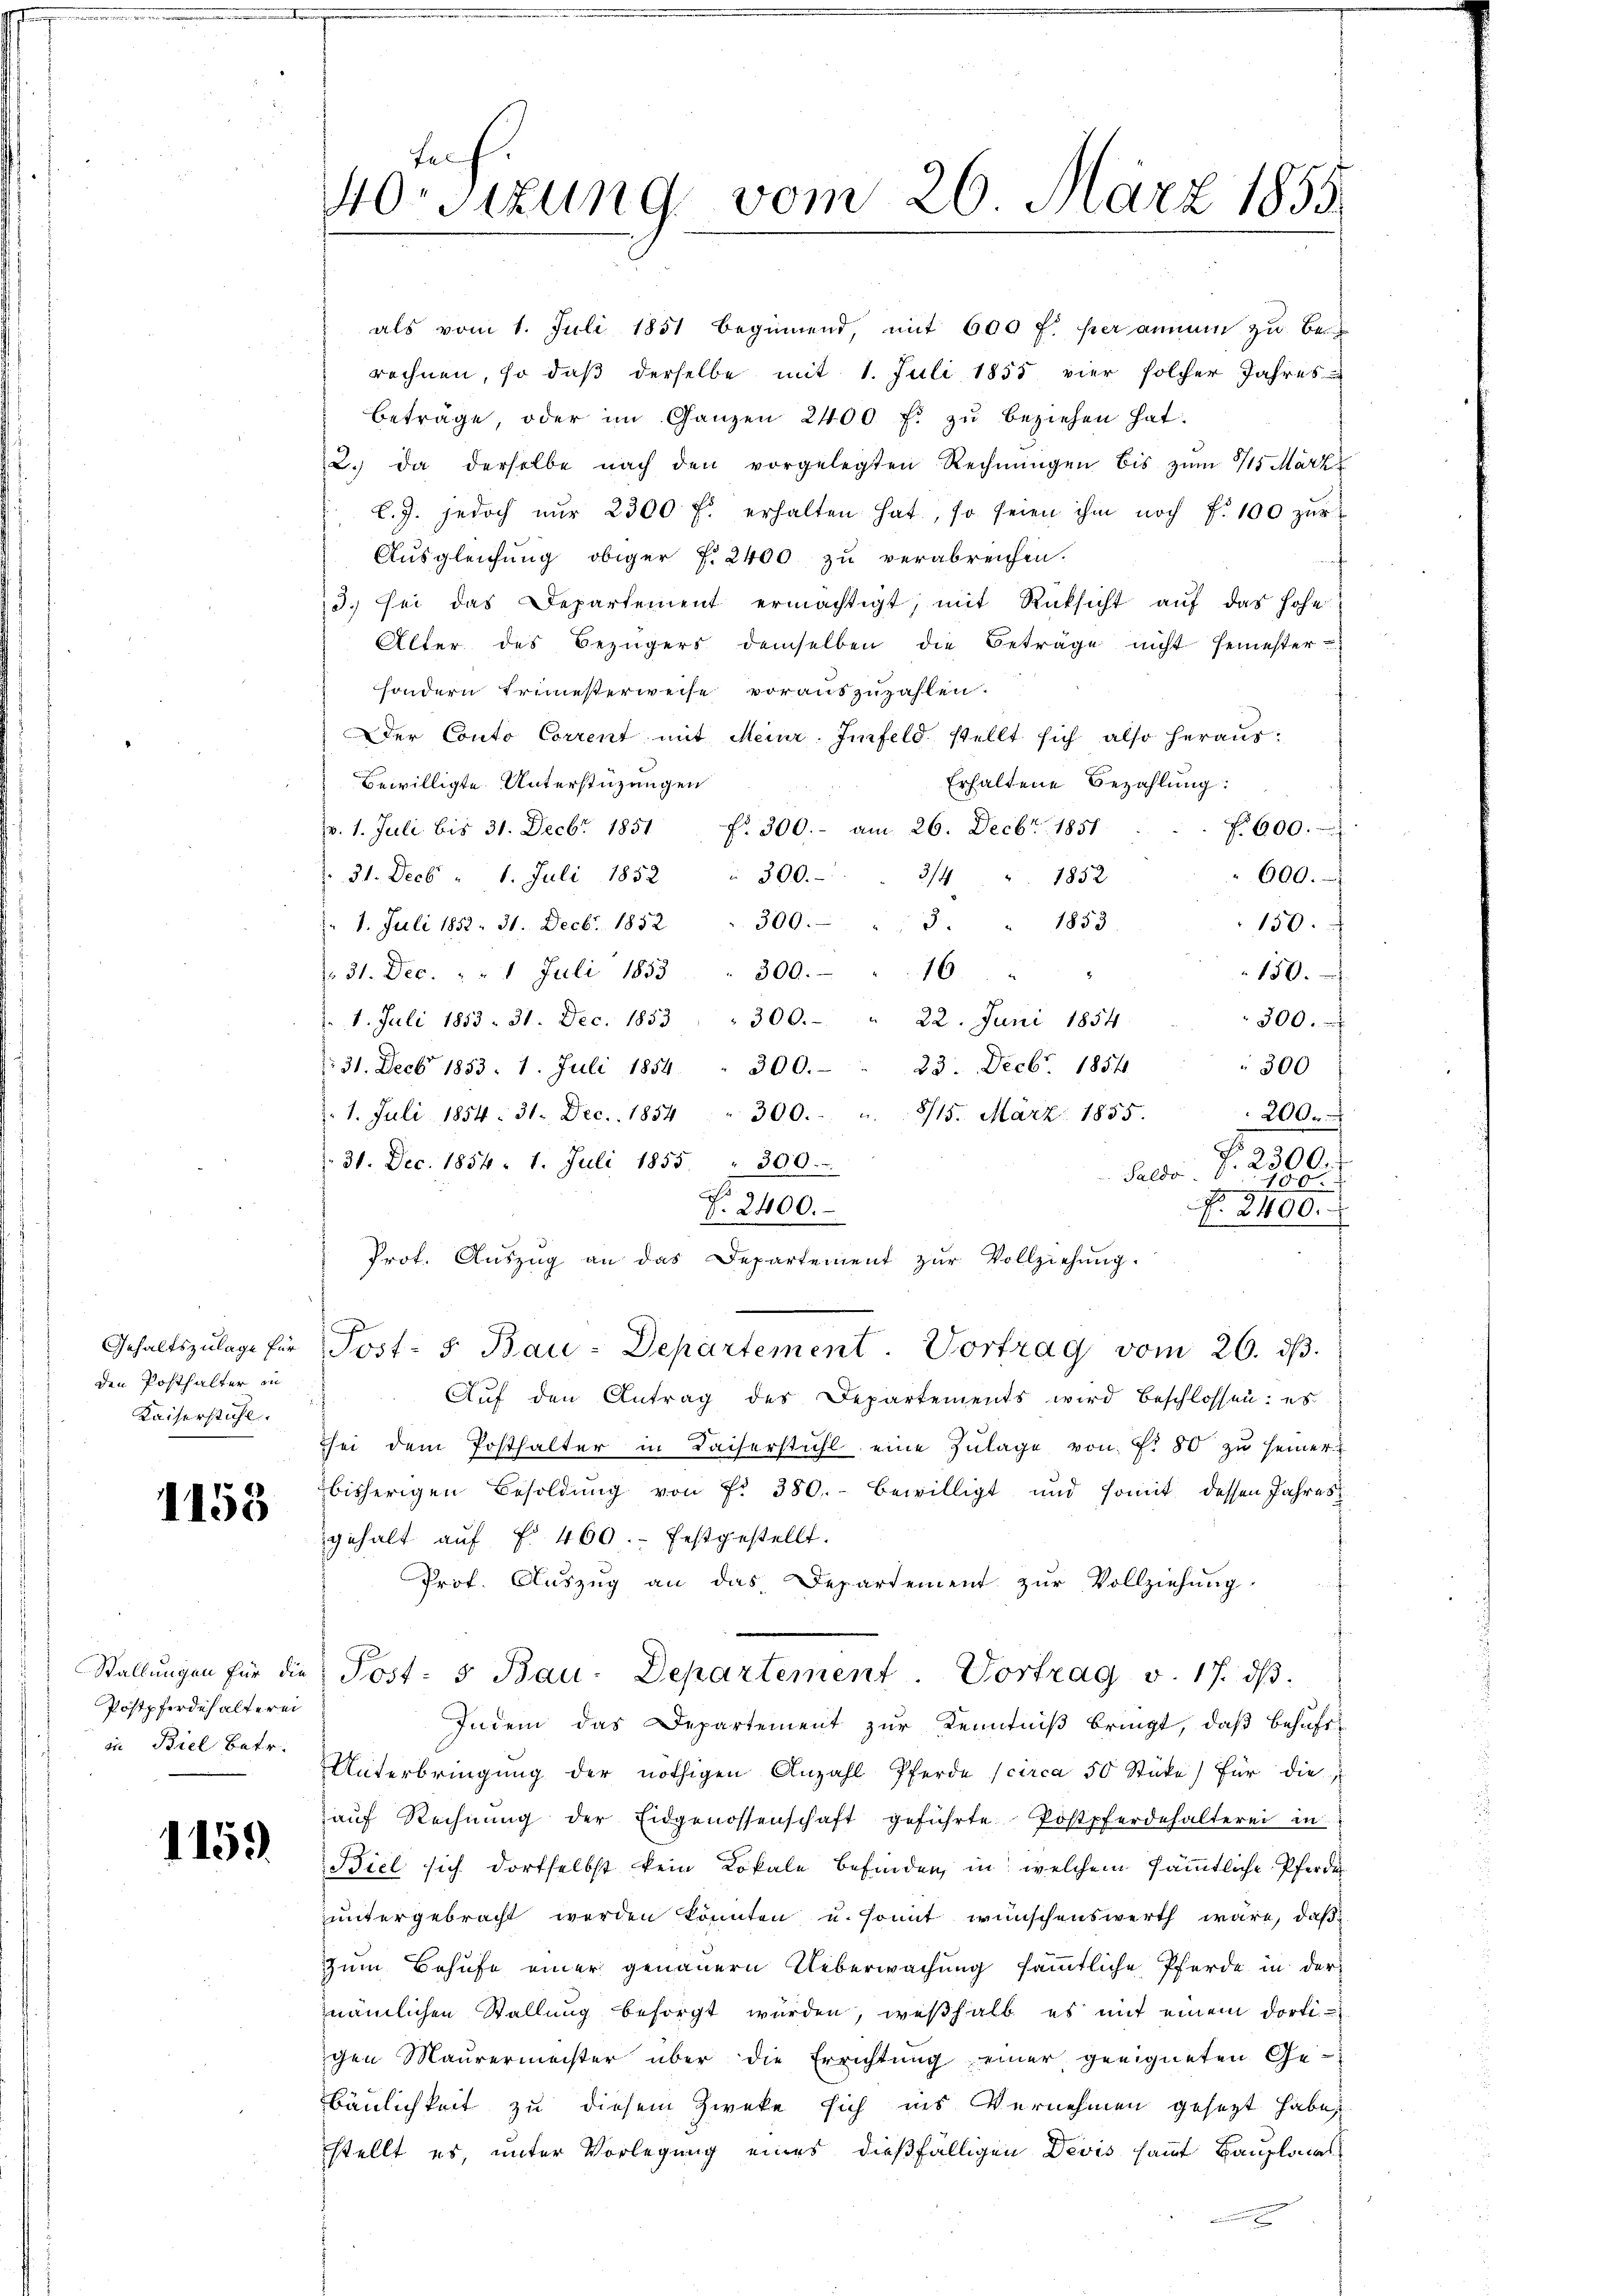
den Posthalter in
Kaiserstühl

1153

Postpferdehalterei
in Biel betr.

1159

Alter des Bezügers demselben die Beträge nicht semester-
sondern Erimesterweise vorauszuzahlen.
Der Conto Corrent mit Meinr. Imfeld. stellt sich also heraus:
Erhaltene Bezahlung:
Bewilligte Unterstüzungen
pr. 1. Juli bis 31. Decbr. 1851 f. 300.- am 26. Decbr. 1851
No 600.
600.
31. Decb. " 1. Juli 1852 " 300.
3/4 1852
" 1. Juli 1852. 31. Decbr. 1852 " 300. " " 3. " 1853
150.
. 31. Dec. " " 1 Juli 1853 " 300.   "  16 " "
150.
 1. Juli 1853. 31. Dec. 1853. " 300. - " 22. Juni 1854
300.
23. Decbr. 1854.
300
: 31. Decbr 1853. 1. Juli 1854. " 300.
 1. Juli 1854. 31. Dec. 1854 " 300.
8/15. März 1855.
200.
. 31. Dec. 1854. 1. Juli 1855. " 300.
Saldo. S. 2300.
150.
No. 2400.
P. 2400.
Prot. Aŭszŭg an das Departement zŭr Vollziehŭng.
Gehaltszŭlage für Post- 5. Bau-Departement. Vortrag vom 26. ds.
Auf den Antrag des Departements wird beschlossen: es
hei dem Posthalter in Kaiserstuhl eine Zŭlage von Fr. 80 zu seiner
bisherigen Besoldung von Fr. 380. bewilligt und somit dessen Jahresgehalt aŭf f. 460. festgestellt.
Prot. Aŭszŭg an das Departement zŭr Vollziehŭng
Stallŭngen für die Post- 5 Bau-Departement. Vortrag v. 17. dβ.
Indem das Departement zur Kenntniß bringt, daß behufs
Unterbringung der nöthigen Anzahl Pferde (circa 50 Stüke) für die
aŭf Rechnŭng der Eidgenossenschaft geführte Postpferdehalterei in
Biel sich dortselbst kein Lokale befinden, in welchem sämmtliche Pferde
untergebracht werden könnten u. somit wünschenswerth wäre, daß
zum Behufe einer genauern Ueberwachung sämmtliche Pferde in der
nämlichen Stallung besorgt wurden, weßhalb es mit einem dortichen Maurermeister über die Errichtung einer geeigneten Ge-
bäulichkeit zu diesem Zweke sich ins Vernehmen gesetzt habe,
stellt es, unter Vorlegung eines dießfälligen Devis samt Bauplanes
e

Fel
40sizung vom 26. März 1855

als vom 1. Juli 1851 beginnend, mit 600 f: her annen zu berechnen, so daß derselbe mit 1. Juli 1855 vier solcher Jahres
beträge, oder im Ganzen 2400 f. zŭ beziehen hat.
2. da derselbe nach den vorgelegten Rechnŭngen bis zŭm 15 März
C. J. jedoch nur 2300 f. erhalten hat, so seien ihm noch f. 100 zur
Ausgleichung obiger f. 2400 zu verabreichen.
3. sei das Departement ermächtigt, mit Rücksicht aŭf das hohe